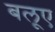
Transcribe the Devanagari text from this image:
बलूए